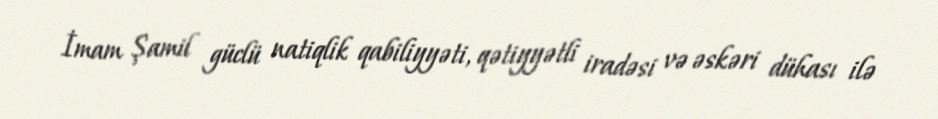
İmam Şamil güclü natiqlik qabiliyyəti, qətiyyətli iradəsi və əskəri dühası ilə